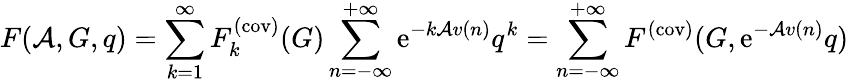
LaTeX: F({\cal A},G,q)=\sum_{k=1}^{\infty}F_{k}^{(\mathrm{cov)}}(G)\sum_{n=-\infty}^{+\infty}\mathrm{e}^{-k{\cal A}v(n)}q^{k}=\sum_{n=-\infty}^{+\infty}F^{(\mathrm{cov)}}(G,\mathrm{e}^{-{\cal A}v(n)}q)